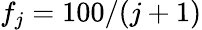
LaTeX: f_{j}=100/(j+1)